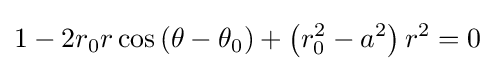
1-2r_{0}r\cos \left(\theta -\theta _{0}\right)+\left(r_{0}^{2}-a^{2}\right)r^{2}=0